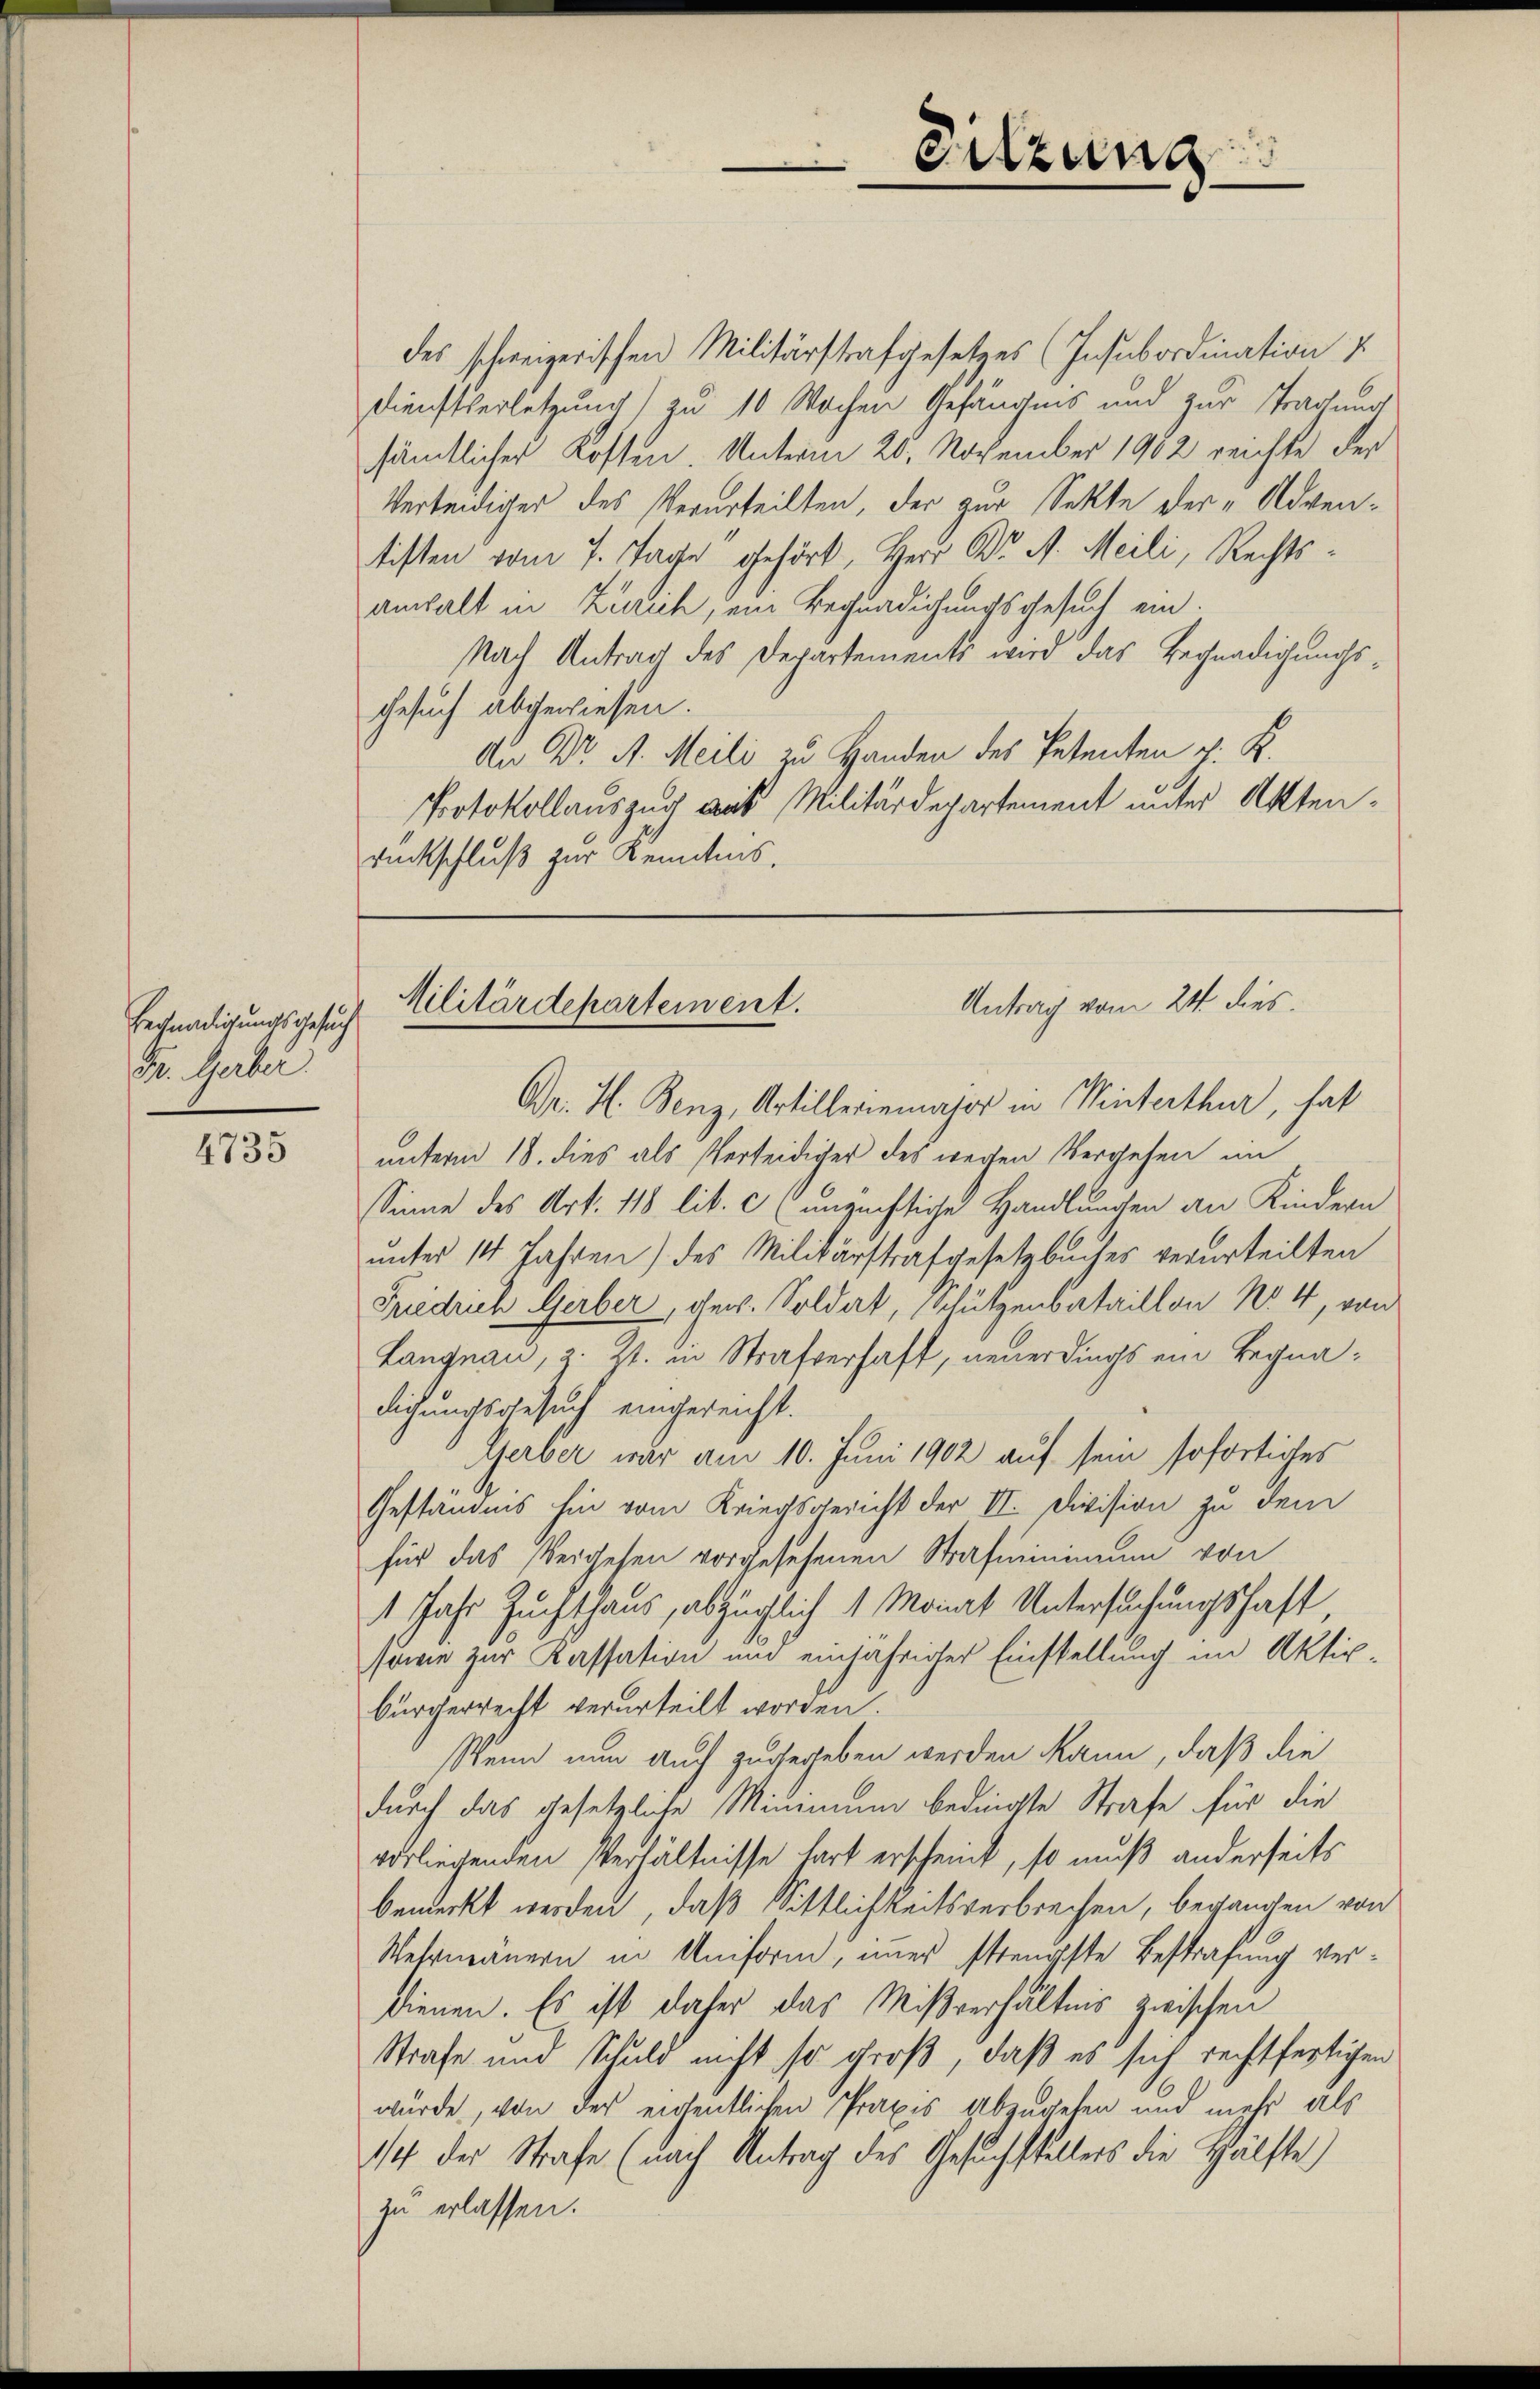
Begnadigungsgesuch
Fr. Gerber

4735

des schweizerischen Militärstrafgesetzes (Insubordination u
Dienstverletzung) zu 10 Wochen Gefängnis und zur Tragung
sämtlicher Kosten Unterm 20. November 1902 reichte der
Verteidiger des Verurteilten, der zur Sekte der „Adventisten vom 4. Tage gehört, Herr Dr. A. Meili, Rechtsanwalt in Zürich, ein Begnadigungsgesuch ein.
Nach Antrag des Departements wird das Begnadigungs¬
Gesuch abgewiesen.
Die Dr. A. Meili zu Handen des Petenten J. K.
Protokollauszug aus Militärdepartement unter Akten¬
Rückschluß zur Kenntnis.

Antrag vom 24. dies
Militärdepartement.

Sitzung

Dr. H. Benz, Artilleriemajor in Winterthur, hat
unterm 18. dies als Verteidiger des wegen Vergehen im
Sinne des Art. 118 lit. c unzüchtige Handlungen an Kindern
unter 14 Jahren) des Militärstrafgesetzbuches verurteilten
Friedrich Gerber, gew. Soldat, Schützenbataillon No. 4, von
Langnau, z. Zt. in Strafverhaft, neuerdings ein Begnadichungsgesuch eingereicht.
Gerber war am 10. Juni 1902 auf sein sofortiges
Geständnis hin vom Kriegsgericht der II. Division zu dem
für das Vergehen vorgesehenen Strafminimum von
1 Jahr Zuchthaus, abzüglich 1 Monat Untersuchungshaft,
sowie zur Kassation und einjähriger Einstellung im Aktivbürgerrecht verurteilt worden.
Wenn nun auch zugegeben werden kann, daß die
durch das gesetzliche Mimmung bedingte Strafe für die
vorliegenden Verhältnisse hart erscheint, so muß anderseits
bemerkt werden, daß Sittlichkeitsverbrechen, begangen von
Wehrmauern in Uniform, immer strengste Bestrafung verdienen. Es ist daher das Mißverhältnis zwischen
Strafe und Schuld nicht so groß, daß es sich rechtfertigen
würde, von der eigentlichen Praxis Abzugehen und mehr als
14 der Strafe (nach Antrag des Gesuchstellers die Hälfte
zu erlassen.